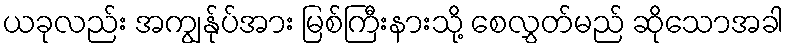
ယခုလည်း အကျွန်ုပ်အား မြစ်ကြီးနားသို့ စေလွှတ်မည် ဆိုသောအခါ